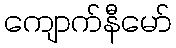
ကျောက်နီမော်